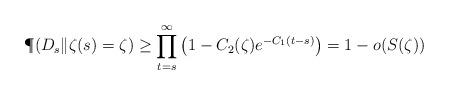
LaTeX: \begin{align*}\P(D_s\|\zeta(s)=\zeta)\geq \prod\limits_{t=s}^{\infty}\left(1- C_2(\zeta)e^{-C_1 (t-s)}\right)=1-o(S(\zeta))\end{align*}